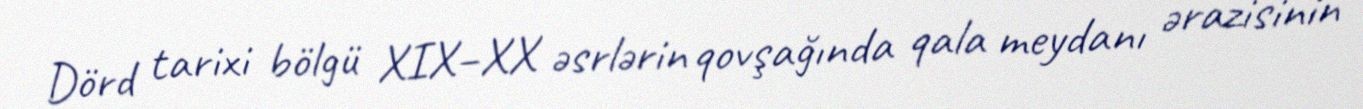
Dörd tarixi bölgü XIX–XX əsrlərin qovşağında qala meydanı ərazisinin